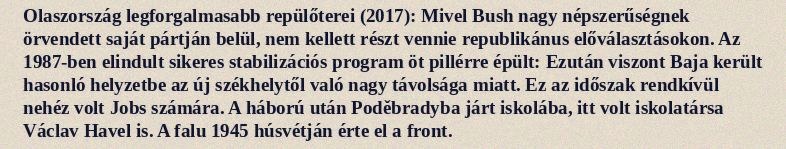
Olaszország legforgalmasabb repülőterei (2017): Mivel Bush nagy népszerűségnek örvendett saját pártján belül, nem kellett részt vennie republikánus előválasztásokon. Az 1987-ben elindult sikeres stabilizációs program öt pillérre épült: Ezután viszont Baja került hasonló helyzetbe az új székhelytől való nagy távolsága miatt. Ez az időszak rendkívül nehéz volt Jobs számára. A háború után Poděbradyba járt iskolába, itt volt iskolatársa Václav Havel is. A falu 1945 húsvétján érte el a front.